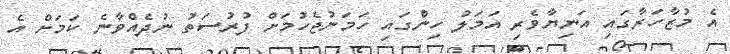
އެ މުޒާހަރާގައި އަނިޔާވެރި އަމަލު ހިންގައި ހަމަނުޖެހުމަށް ފުރުސަތު ނުދެއްވާނެ ކަމަށް އެ